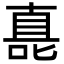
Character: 嗭